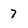
Character: 7